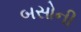
બસોની